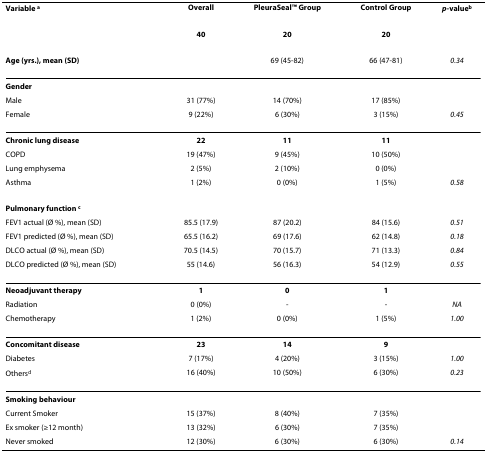
| Variable a | Overall | PleuraSealTM Group | Control Group | p-valueb |
 | --- | --- | --- | --- | --- |
 |  | 40 | 20 | 20 |  |
 | <COLSPAN=2> Age (yrs.), mean (SD) | 69 (45-82) | 66 (47-81) | 0.34 |
 | <COLSPAN=5> Gender |
 | Male | 31 (77%) | 14 (70%) | 17 (85%) |  |
 | Female | 9 (22%) | 6 (30%) | 3 (15%) | 0.45 |
 | Chronic lung disease | 22 | 11 | 11 |  |
 | COPD | 19 (47%) | 9 (45%) | 10 (50%) |  |
 | Lung emphysema | 2 (5%) | 2 (10%) | 0 (0%) |  |
 | Asthma | 1 (2%) | 0 (0%) | 1 (5%) | 0.58 |
 | <COLSPAN=5> Pulmonary function c |
 | FEV1 actual (Ø %), mean (SD) | 85.5 (17.9) | 87 (20.2) | 84 (15.6) | 0.51 |
 | FEV1 predicted (Ø %), mean (SD) | 65.5 (16.2) | 69 (17.6) | 62 (14.8) | 0.18 |
 | DLCO actual (Ø %), mean (SD) | 70.5 (14.5) | 70 (15.7) | 71 (13.3) | 0.84 |
 | DLCO predicted (Ø %), mean (SD) | 55 (14.6) | 56 (16.3) | 54 (12.9) | 0.55 |
 | Neoadjuvant therapy | 1 | 0 | 1 |  |
 | Radiation | 0 (0%) | - | - | NA |
 | Chemotherapy | 1 (2%) | 0 (0%) | 1 (5%) | 1.00 |
 | Concomitant disease | 23 | 14 | 9 |  |
 | Diabetes | 7 (17%) | 4 (20%) | 3 (15%) | 1.00 |
 | Othersd | 16 (40%) | 10 (50%) | 6 (30%) | 0.23 |
 | <COLSPAN=5> Smoking behaviour |
 | Current Smoker | 15 (37%) | 8 (40%) | 7 (35%) |  |
 | Ex smoker (≥12 month) | 13 (32%) | 6 (30%) | 7 (35%) |  |
 | Never smoked | 12 (30%) | 6 (30%) | 6 (30%) | 0.14 |